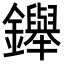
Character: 𨯾